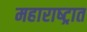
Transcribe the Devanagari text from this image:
महाराष्‍ट्रात